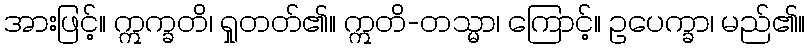
အားဖြင့်။ ဣက္ခတိ၊ ရှုတတ်၏။ ဣတိ-တသ္မာ၊ ကြောင့်။ ဥပေက္ခာ၊ မည်၏။